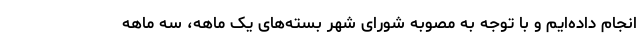
انجام داده‌ایم و با توجه به مصوبه شورای شهر بسته‌های یک ماهه، سه ماهه